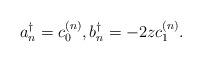
LaTeX: \begin{gather*} a_n^\dagger=c_0^{(n)},b_n^\dagger =-2zc_1^{(n)}.\end{gather*}